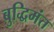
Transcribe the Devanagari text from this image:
बुद्धिमंत